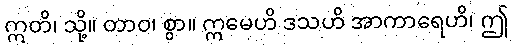
ဣတိ၊ သို့။ တာဝ၊ စွာ။ ဣမေဟိ ဒသဟိ အာကာရေဟိ၊ ဤ